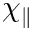
\chi _ { \parallel }